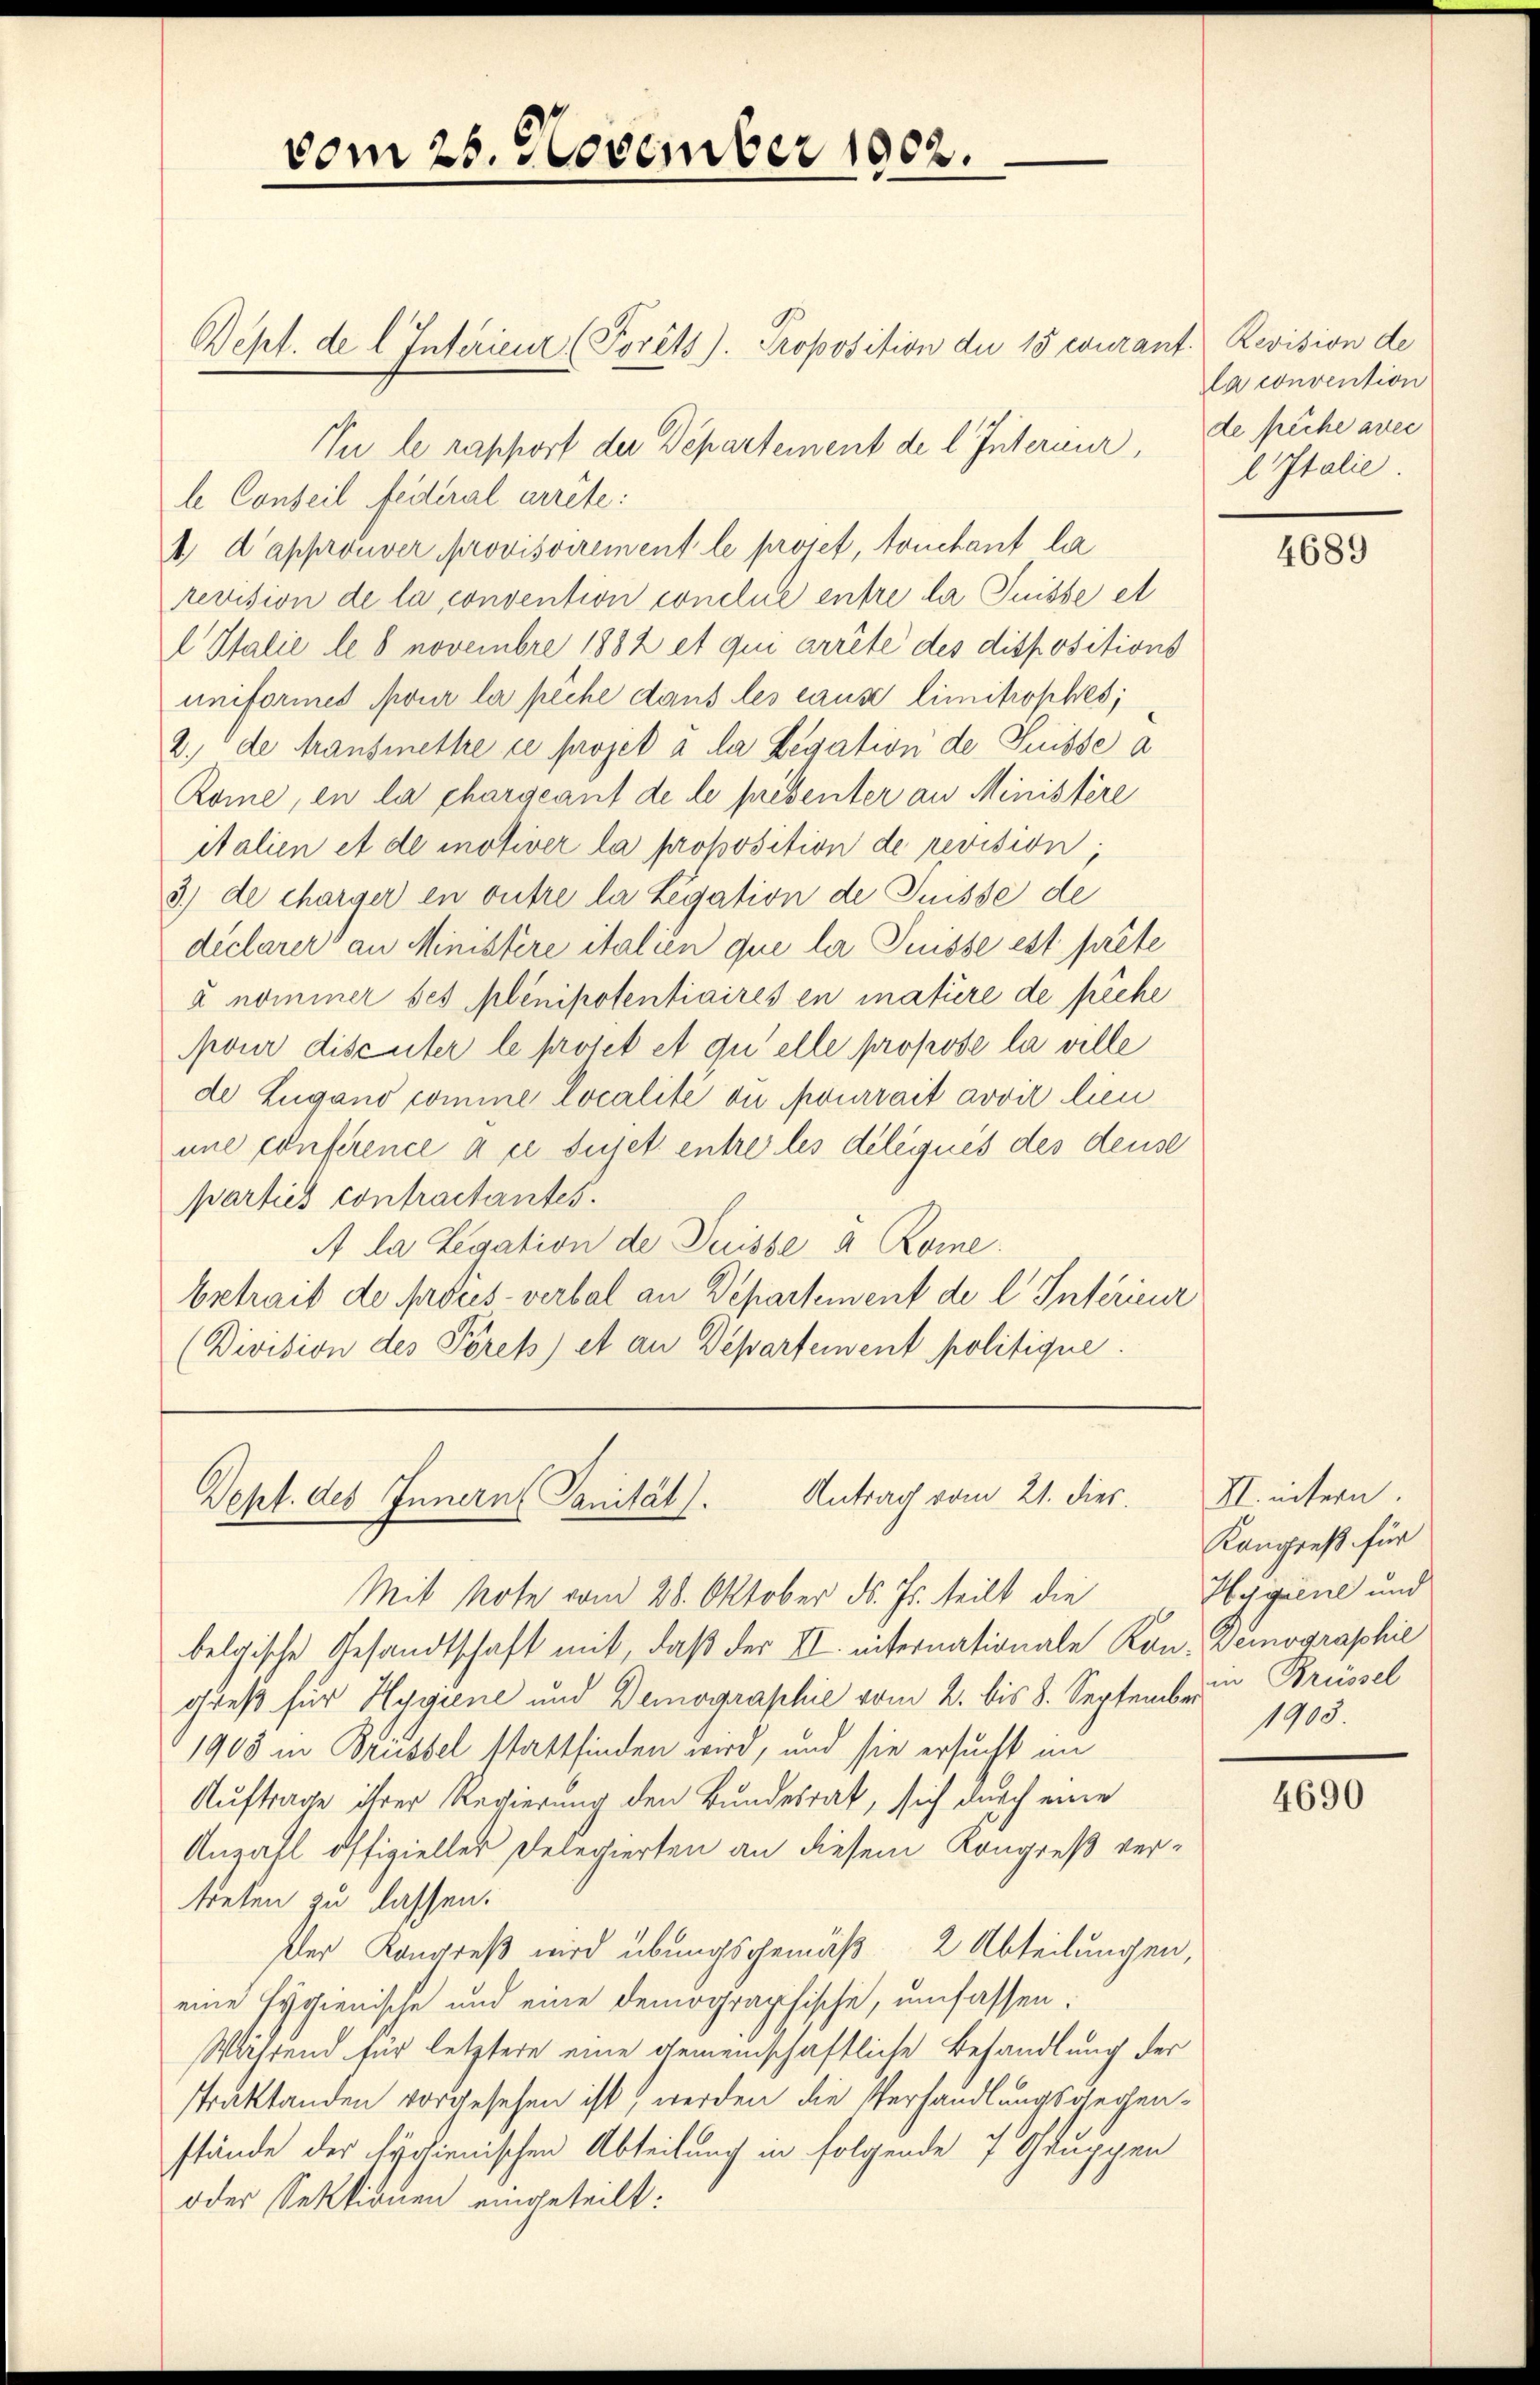
vom 25. November 1902.
Bept. de l. Inférieur (Porêts). Proposition de 15 curant. Revision de

In le rapport der Departement de l. Internur,
le Conseil fédéral arrête:
1 d’approuver provisoirement le proset, touchant la
revision de la convention conclue entre la Suisse et
 Italie le 8 novembre 1882 et qui arrête des dispositions
uniformes pour la pêche dans les cause limitrophes;
2. de Fransmettre ce projet à la Legation de Suisse a
Rome, en la chargeant de le présenter an Ministère
italien et de motiver la proposition de revision;
3) de charger en outre la Legation de Puisse de
declarer an Ministere italien que la Puisse est préte
à nominer ses plenipotentiaires en matiere de piche
pour discuter le proset et qu’elle propose la ville
de Lugano comme localité ou pourrait avoir lieu
une conference à ce sujet entre les deliques des deuse
parties contractantes.
A la Legation de Puisse a Rome.
betrait de proces verbal an Departement de l. Interieur
(Division des Pöres) et an Departement politique.

Antrag vom 21. dies
Dept. des Innern (Sanität.
Mit Note vom 28. Oktober d. Js. teilt die

belgische Gesandtschaft mit, daß der II. internationale Kan. Demographie
greß für Hygiene und Demographie vom 2. bis 8. September in Brüssel
1903 in Brüssel stattfinden wird, und sie ersucht im
Auftrage ihrer Regierung den Bundesrat, sich durch eine
Anzahl offizieller Delegierten an diesem Kongreß vertreten zu lassen.
ßler Kongreß wird übungsgemäß 2 Abteilungen,
eine Hygienische und eine demographische, umfassen.
Während für letztere eine gemeinschaftliche Behandlung der
straktanden vorgesehen ist, werden die Verhandlungsgegenstände der Hygienischen Abteilung in folgende 7 Gruppen
oder Sektionen eingeteilt:

la convention
de präche avec
l Italie

4689

II. intern.
Kongreß für
Plagen und
1903

4690